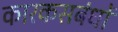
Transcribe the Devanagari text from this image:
कारकसबंधों